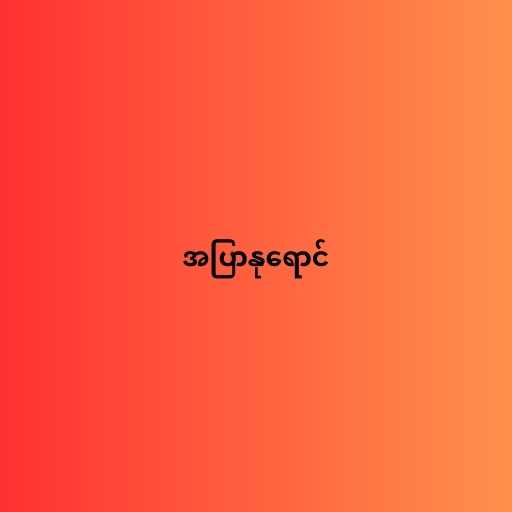
အပြာနုရောင်